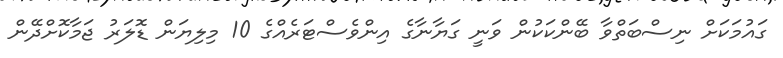
ގައުމަކަށް ނިސްބަތްވާ ބޭންކަކުން ވަނީ ގަޔާނާގެ އިންވެސްޓަރެއްގެ 10 މިލިޔަން ޑޮލަރު ޖަމާކޮށްދޭން